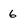
Character: 6